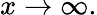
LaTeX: x\rightarrow\infty.